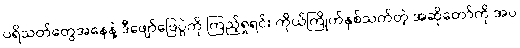
ပရိသတ်တွေအနေနဲ့ ဒီဖျော်ဖြေပွဲကို ကြည့်ရှုရင်း ကိုယ်ကြိုက်နှစ်သက်တဲ့ အဆိုတော်ကို အပ